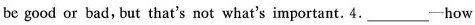
be good or bad,but that's not what's important. 4.___-how